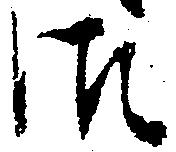
御